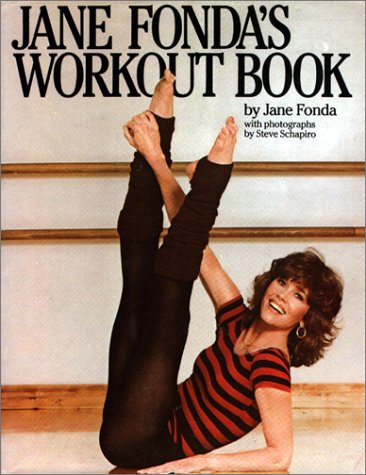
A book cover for Jane Fonda's Workout Book; Jane Fonda; Medical Books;